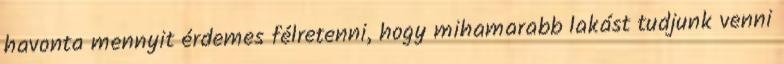
havonta mennyit érdemes félretenni, hogy mihamarabb lakást tudjunk venni